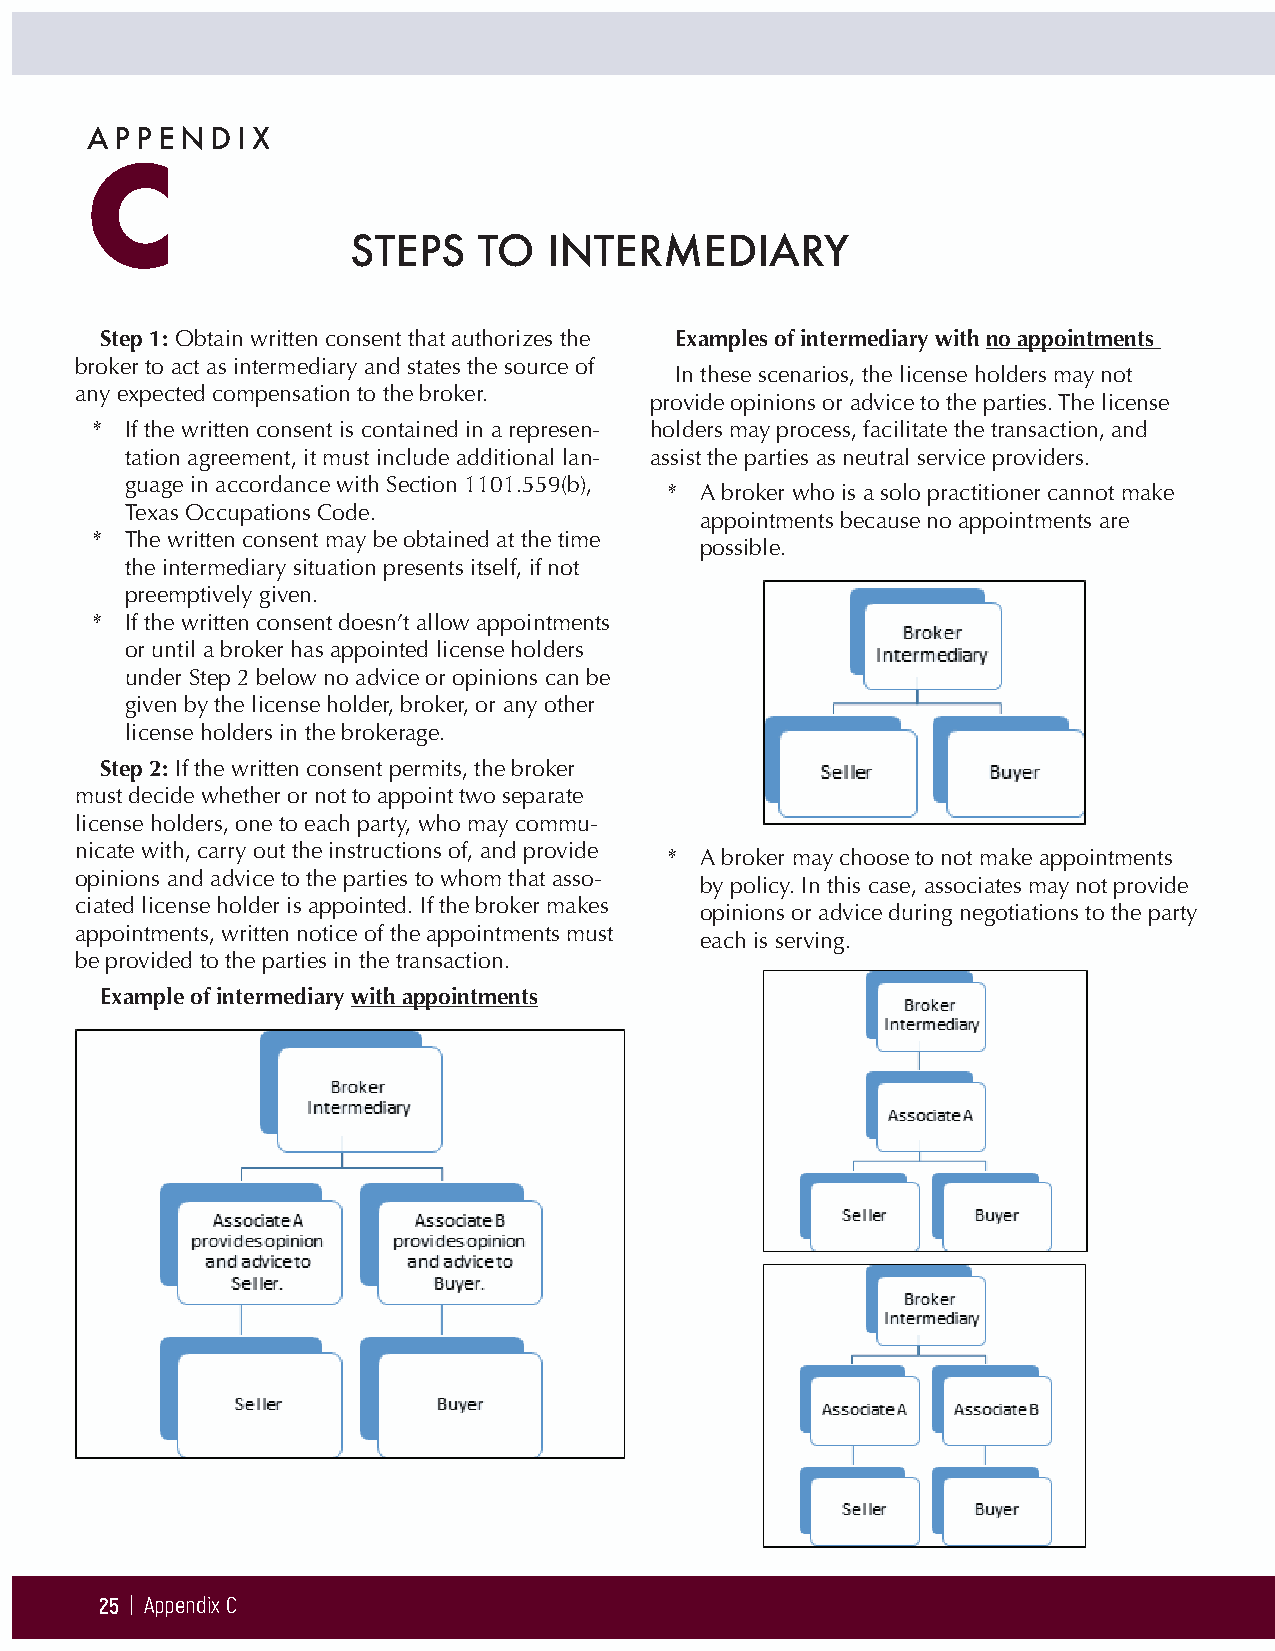
APPENDIX
 C
 STEPS    TO  INTERMEDIARY
 Step 1: Obtain written consent that authorizes the Examples of intermediary with no appointments
 broker to act as intermediary and states the source of
 In these scenarios, the license holders may not
 any expected compensation to the broker.
 provide opinions or advice to the parties. The license
 * If the written consent is contained in a represen- holders may process, facilitate the transaction, and
 tation agreement, it must include additional lan- assist the parties as neutral service providers.
 guage in accordance with Section 1101.559(b),
 * A broker who is a solo practitioner cannot make
 Texas Occupations Code.
 appointments because no appointments are
 * The written consent may be obtained at the time
 possible.
 the intermediary situation presents itself, if not
 preemptively given.
 * If the written consent doesn’t allow appointments
 or until a broker has appointed license holders
 under Step 2 below no advice or opinions can be
 given by the license holder, broker, or any other
 license holders in the brokerage.
 Step 2: If the written consent permits, the broker
 must decide whether or not to appoint two separate
 license holders, one to each party, who may commu-
 nicate with, carry out the instructions of, and provide
 * A broker may choose to not make appointments
 opinions and advice to the parties to whom that asso-
 by policy. In this case, associates may not provide
 ciated license holder is appointed. If the broker makes
 opinions or advice during negotiations to the party
 appointments, written notice of the appointments must
 each is serving.
 be provided to the parties in the transaction.
 Example of intermediary with appointments
 25 | Appendix C